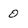
Character: 0